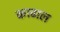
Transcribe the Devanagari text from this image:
काढाल